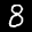
Label: 8